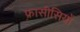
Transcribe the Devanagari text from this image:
फ़्रासीसियों